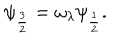
LaTeX: \psi _ { \frac { 3 } { 2 } } = \omega _ { \lambda } \psi _ { \frac { 1 } { 2 } } .